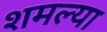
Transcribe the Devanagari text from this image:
शमल्या